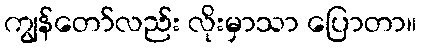
ကျွန်တော်လည်း လိုးမှာသာ ပြောတာ။